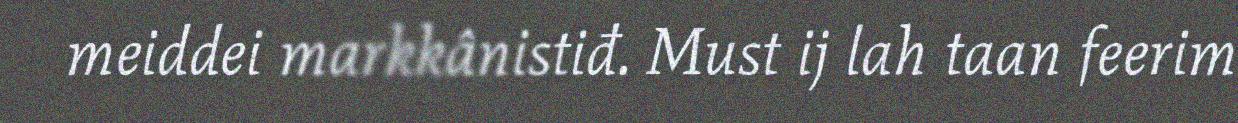
meiddei markkânistiđ. Must ij lah taan feerim